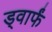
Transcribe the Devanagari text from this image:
ड्वार्फं